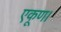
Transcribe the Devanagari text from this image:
एकूण।